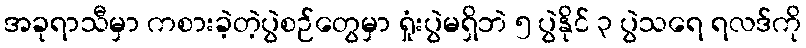
အခုရာသီမှာ ကစားခဲ့တဲ့ပွဲစဉ်တွေမှာ ရှုံးပွဲမရှိဘဲ ၅ ပွဲနိုင် ၃ ပွဲသရေ ရလဒ်ကို